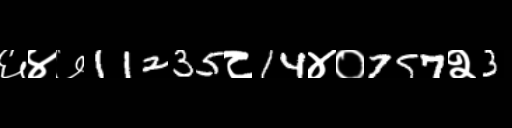
Text: ६४७11235८14४०757२3